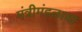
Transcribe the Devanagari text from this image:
मंत्रीमंडळाचा